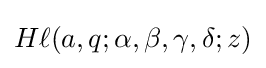
H\ell (a,q;\alpha ,\beta ,\gamma ,\delta ;z)